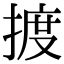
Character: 𢱋